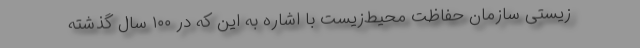
‌زیستی سازمان حفاظت محیط‌زیست با اشاره به این که در ۱۰۰ سال گذشته